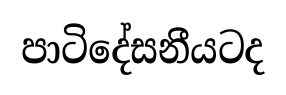
පාටිදේසනීයටද